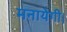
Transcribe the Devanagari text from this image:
मनायेगी।